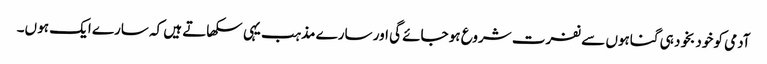
آدمی کو خود بخود ہی گناہوں سے نفرت شروع ہو جائے گی اور سارے مذہب یہی سکھاتے ہیں کہ سارے ایک ہو ں۔